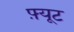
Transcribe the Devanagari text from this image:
फ़्यूट